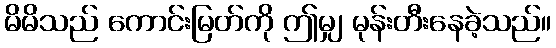
မိမိသည် ကောင်းမြတ်ကို ဤမျှ မုန်းတီးနေခဲ့သည်။